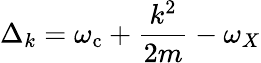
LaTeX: \Delta_{k}=\omega_{\mathrm{{c}}}+\frac{k^{2}}{2m}-\omega_{X}